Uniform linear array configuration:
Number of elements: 32
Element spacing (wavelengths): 1
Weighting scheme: binomial
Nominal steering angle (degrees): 15
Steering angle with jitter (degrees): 16.121
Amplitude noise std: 0.05
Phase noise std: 0.05

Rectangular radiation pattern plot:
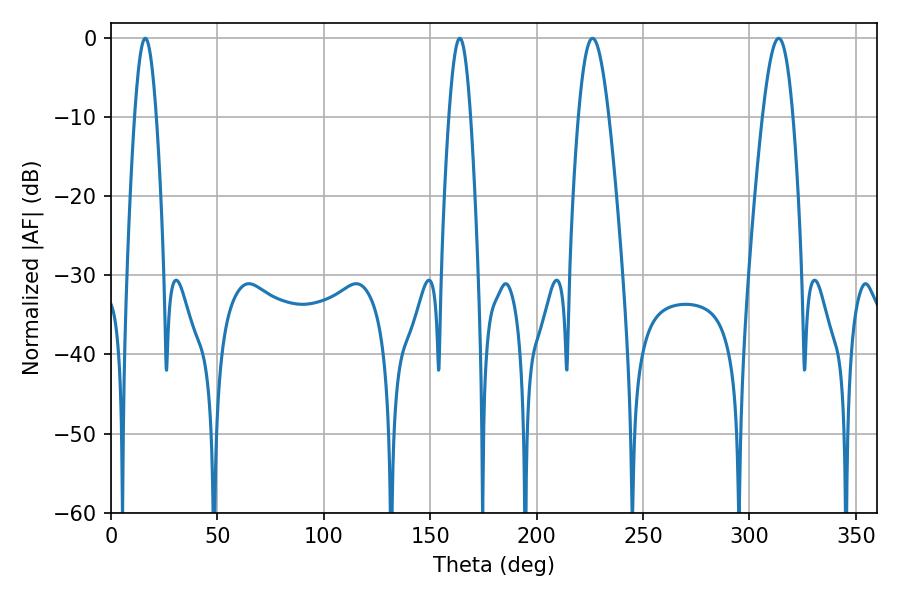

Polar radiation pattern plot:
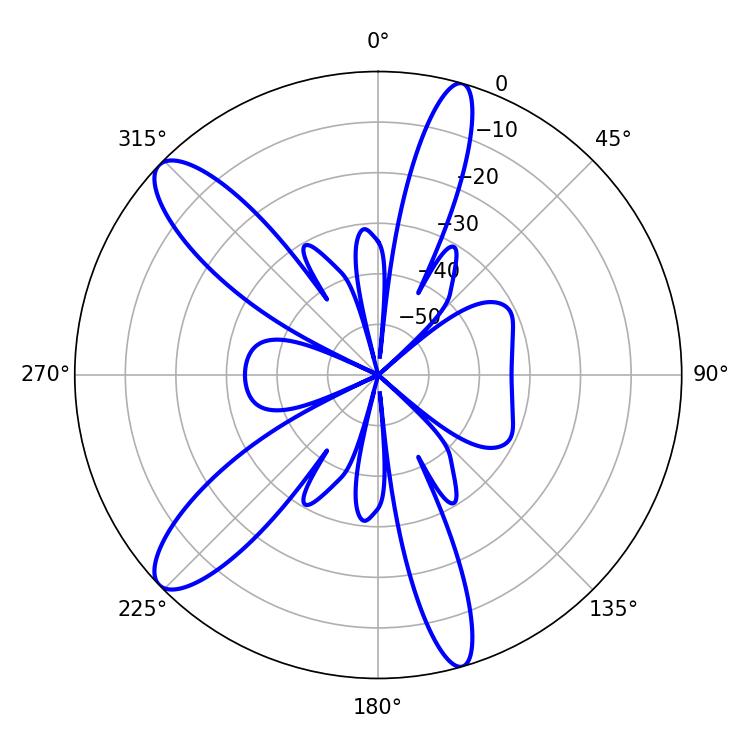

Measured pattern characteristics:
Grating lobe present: TRUE
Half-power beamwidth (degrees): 7.74
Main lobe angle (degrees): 313.74